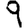
Digit: 9